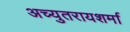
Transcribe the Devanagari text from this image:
अच्युतरायशर्मा